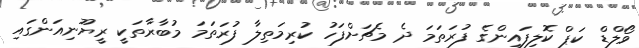
ވޯލްޑް ކަޕް ކޮލިފައިންގެ ފުރަތަމަ ދެ މެޗަށްފަހު ކުރިމަތިލާ ފުރަތަމަ މުބާރާތަކީ ރީޔޫނިއަންގައި